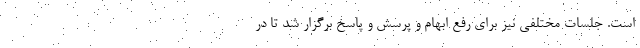
است. جلسات مختلفی نیز برای رفع ابهام و پرسش و پاسخ برگزار شد تا در